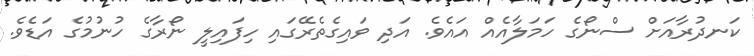
ކަނދުރާއަށް ސްނޯގެ ހަމަލާއެއް އައެވެ. އަދި ވައިގެތެރޭގައި ހިފައިލީ ނޯރާގެ ހުނުމުގެ އަޑެވެ.